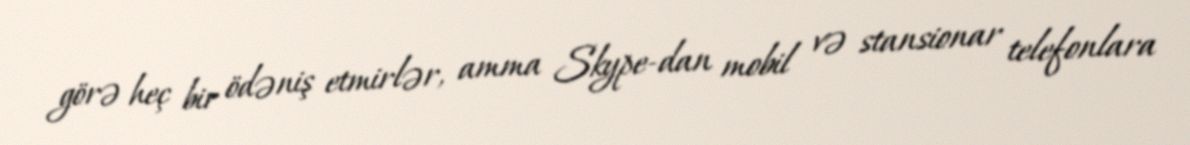
görə heç bir ödəniş etmirlər, amma Skype-dan mobil və stansionar telefonlara